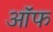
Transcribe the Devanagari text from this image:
ऑॅफ